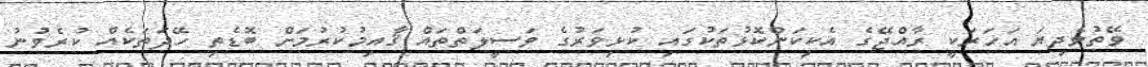
ވޭތުވެދިޔަ އަހަރަކީ ރާއްޖޭގެ އެކިކަންކޮޅުތަކުގައި ކުޅިވަރުގެ ވަސީލަތްތައް ޤާއިމުކުރުމަށް ބޮޑެތި ހޭދަތަކެއް ކުރެވުނު